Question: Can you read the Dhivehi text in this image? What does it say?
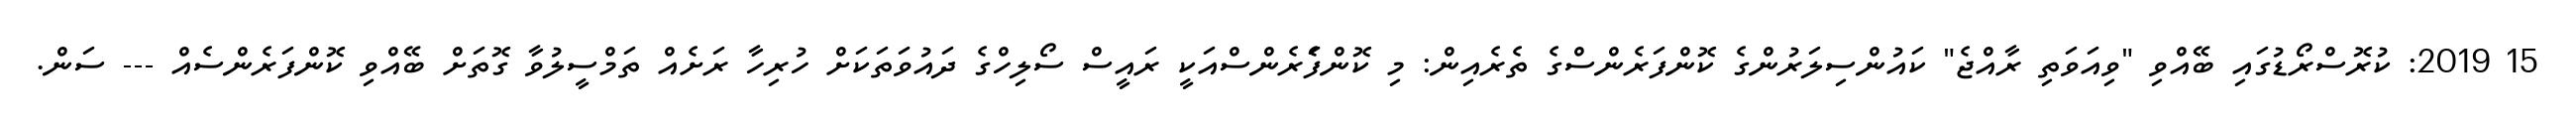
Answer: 15 2019: ކުރޮސްރޯޑުގައި ބޭއްވި "ވިއަވަތި ރާއްޖެ" ކައުންސިލަރުންގެ ކޮންފަރެންސްގެ ތެރެއިން: މި ކޮންފެަރެންސްއަކީ ރައީސް ސޯލިހްގެ ދައުވަތަކަށް ހުރިހާ ރަށެއް ތަމްސީލުވާ ގޮތަށް ބޭއްވި ކޮންފަރެންސެއް --- ސަން.